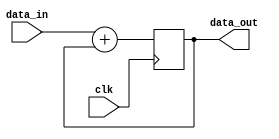
module addr_reg(
			clk,
			data_in,
			data_out
			);
			input clk;
			input [9:0] data_in;
			output reg [9:0] data_out;
			
			initial data_out = 10'b0;
			
			always @ (posedge clk)
					data_out <= data_in + data_out;
					
endmodule